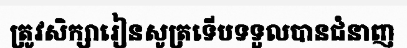
ត្រូវសិក្សារៀនសូត្រទើបទទួលបានជំនាញ